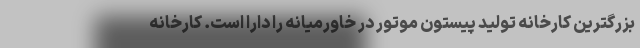
بزرگترین کارخانه تولید پیستون موتور در خاورمیانه را دارا است. کارخانه